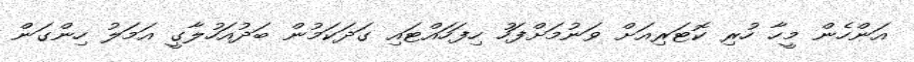
އަންހެން މީހާ ހުރި ކޮޓަރިއަށް ވަނުމަށްފަހު ހިފަހައްޓައި ގަދަކަމުން ބަދުއަހުލާގީ އަމަލު ހިންގަން